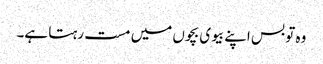
وہ تو بس اپنے بیوی بچوں میں مست رہتا ہے۔